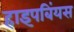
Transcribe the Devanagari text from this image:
हाइपबिंयस